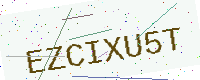
Text: EZCIXU5T